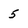
Character: 5